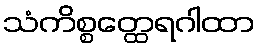
သံကိစ္စတ္ထေရဂါထာ